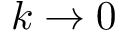
k \to 0